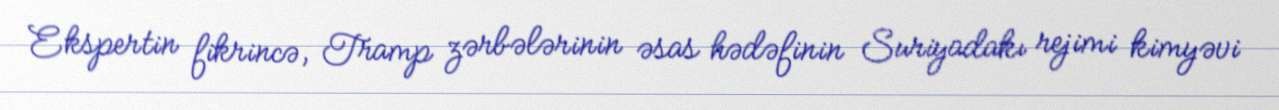
Ekspertin fikrincə, Tramp zərbələrinin əsas hədəfinin Suriyadakı rejimi kimyəvi